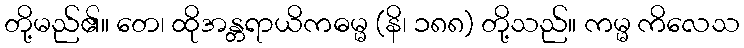
တို့မည်၏။ တေ၊ ထိုအန္တရာယိကဓမ္မ (နိ၊ ၁၈၈) တို့သည်။ ကမ္မ ကိလေသ